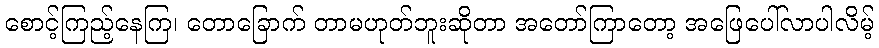
စောင့်ကြည့်နေကြ၊ တောခြောက် တာမဟုတ်ဘူးဆိုတာ အတော်ကြာတော့ အဖြေပေါ်လာပါလိမ့်